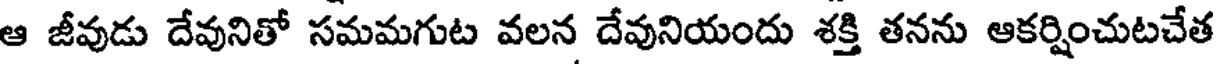
ఆ జీవుడు దేవునితో సమమగుట వలన దేవునియందు శక్తి తనను ఆకర్షించుటచేత